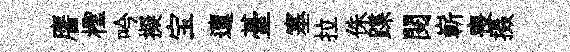
譍檉吟擬宝邅䑓塞拉侏蹀閲嶄喪摄